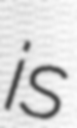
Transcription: is